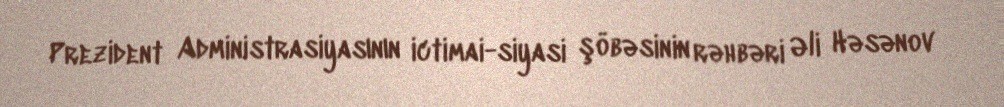
Prezident Administrasiyasının ictimai-siyasi şöbəsinin rəhbəri Əli Həsənov